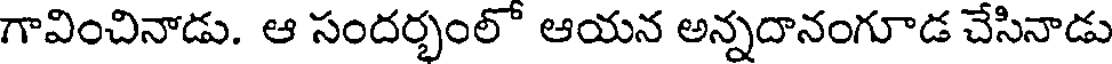
గావించినాడు. ఆ సందర్భంలో ఆయన అన్నదానంగూడ చేసినాడు